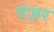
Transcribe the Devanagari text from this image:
पंज़र